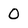
Character: 0